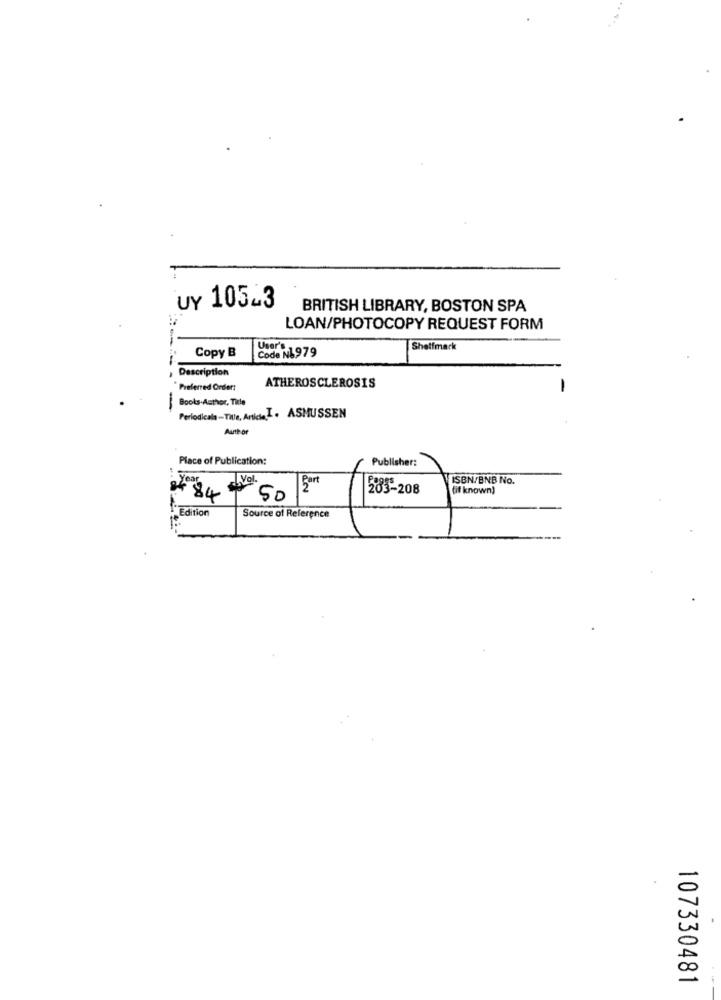
UY 105-3
BRITISH LIBRARY, BOSTON SPA
LOAN/PHOTOCOPY REQUEST FORM
Copy B
fe NL979
Shelfmark
Description
Preferred Order:
ATHEROSCLEROSIS
-
Books-Author, Title
-----
Periodicala -Title, AnlataI. ASMUSSEN
Auth of
Place of Publication:
Publisher:
Year
Vol.
ISBN/BNB No.
Bart
203-208
(if known)
#84 0
50
Edition
Source of Reference
107330481